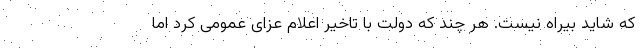
که شاید بیراه نیست. هر چند که دولت با تاخیر اعلام عزای عمومی کرد اما